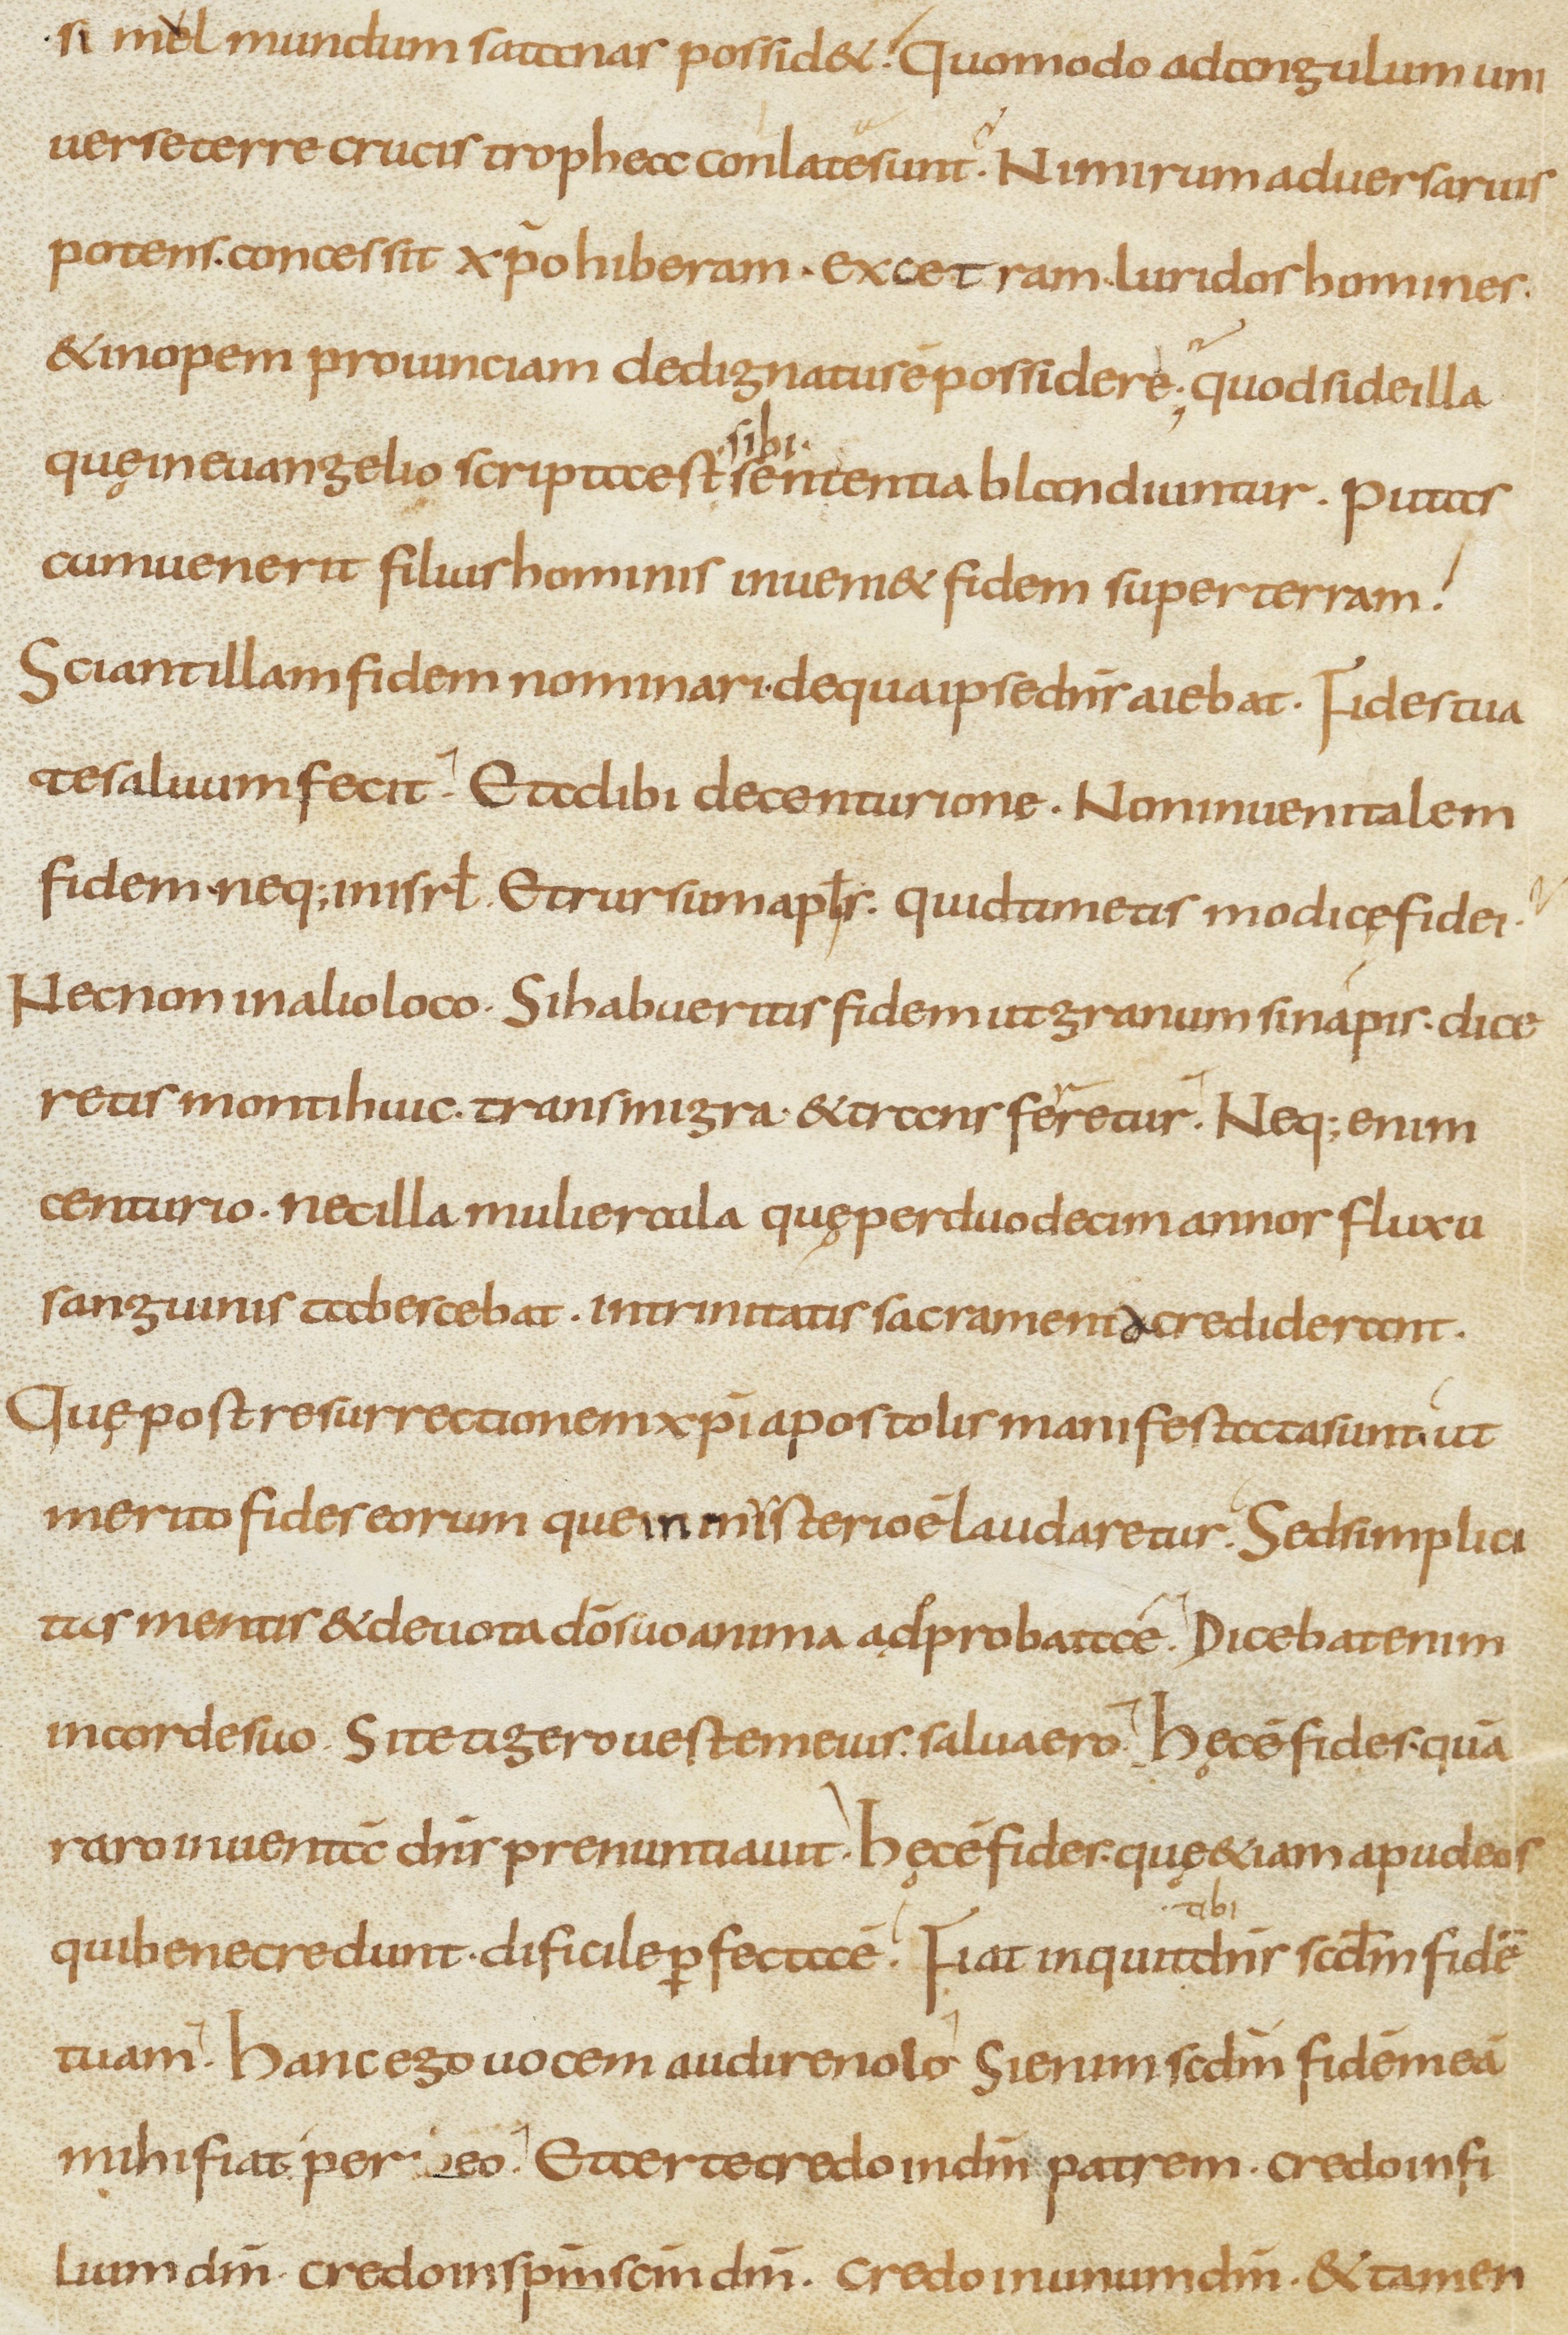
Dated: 800–899